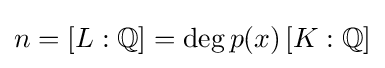
n=[L:\mathbb {Q} ]=\deg p(x)\,[K:\mathbb {Q} ]